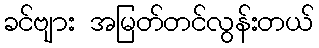
ခင်ဗျား အမြတ်တင်လွန်းတယ်